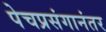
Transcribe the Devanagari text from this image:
पेचप्रसंगानंतर